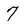
Character: 7